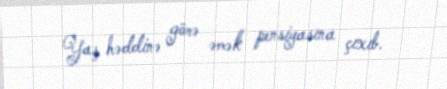
Yaş həddinə görə əmək pensiyasına çıxıb.